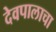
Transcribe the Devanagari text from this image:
देवपालाचा